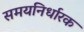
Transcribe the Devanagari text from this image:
समयनिर्धारक